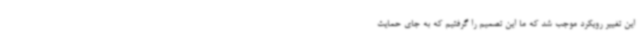
این تغییر رویکرد موجب شد که ما این تصمیم را گرفتیم که به جای حمایت